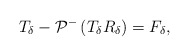
\begin{align*}T_{\delta}-\mathcal{P}^-\left(T_{\delta} R_{\delta}\right)=F_{\delta},\end{align*}